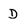
Character: D